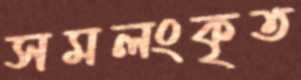
সমলংকৃত